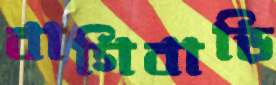
বাগিবাড়ি